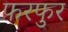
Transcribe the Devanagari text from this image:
फरफुर